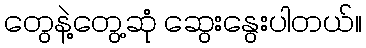
တွေနဲ့တွေ့ဆုံ ဆွေးနွေးပါတယ်။